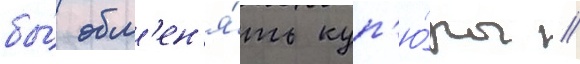
бы́ обм'ен'я́ть куп'ю́ры //